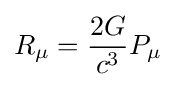
R_{\mu }={\frac {2G}{c^{3}}}P_{\mu }